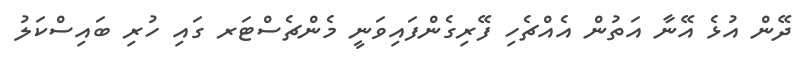
ދޭން އުޅެ އޭނާ އަތުން އެއްޗެހި ފޭރިގެންފައިވަނީ މެންޗެސްޓަރ ގައި ހުރި ބައިސްކަލު